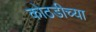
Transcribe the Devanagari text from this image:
कोठडीच्या